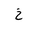
Letter: _kha